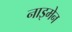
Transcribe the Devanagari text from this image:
नाइमेन